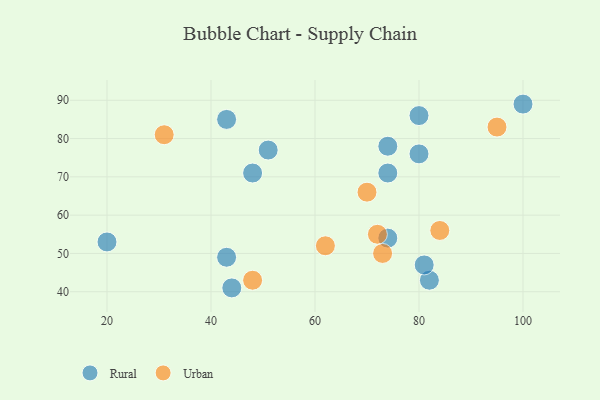
{"axis": {"x": "GDP", "y": "Life Expectancy"}, "legend": ["Rural", "Urban"], "data": [{"x": "80", "y": 86, "type": "Rural"}, {"x": "48", "y": 71, "type": "Rural"}, {"x": "74", "y": 71, "type": "Rural"}, {"x": "51", "y": 77, "type": "Rural"}, {"x": "100", "y": 89, "type": "Rural"}, {"x": "74", "y": 54, "type": "Rural"}, {"x": "82", "y": 43, "type": "Rural"}, {"x": "74", "y": 78, "type": "Rural"}, {"x": "44", "y": 41, "type": "Rural"}, {"x": "20", "y": 53, "type": "Rural"}, {"x": "80", "y": 76, "type": "Rural"}, {"x": "81", "y": 47, "type": "Rural"}, {"x": "43", "y": 49, "type": "Rural"}, {"x": "43", "y": 85, "type": "Rural"}, {"x": "73", "y": 50, "type": "Urban"}, {"x": "84", "y": 56, "type": "Urban"}, {"x": "62", "y": 52, "type": "Urban"}, {"x": "70", "y": 66, "type": "Urban"}, {"x": "95", "y": 83, "type": "Urban"}, {"x": "72", "y": 55, "type": "Urban"}, {"x": "31", "y": 81, "type": "Urban"}, {"x": "48", "y": 43, "type": "Urban"}]}